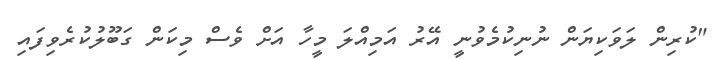
"ކުރިން ލަވަކިޔަން ނުނިކުމެވުނީ އޭރު އަމިއްލަ މީހާ އަށް ވެސް މިކަން ގަބޫލުކުރެވިފައި